Insane asylums in Bengal annual reports 1876-1887 - 1876-1887
Year: 1876
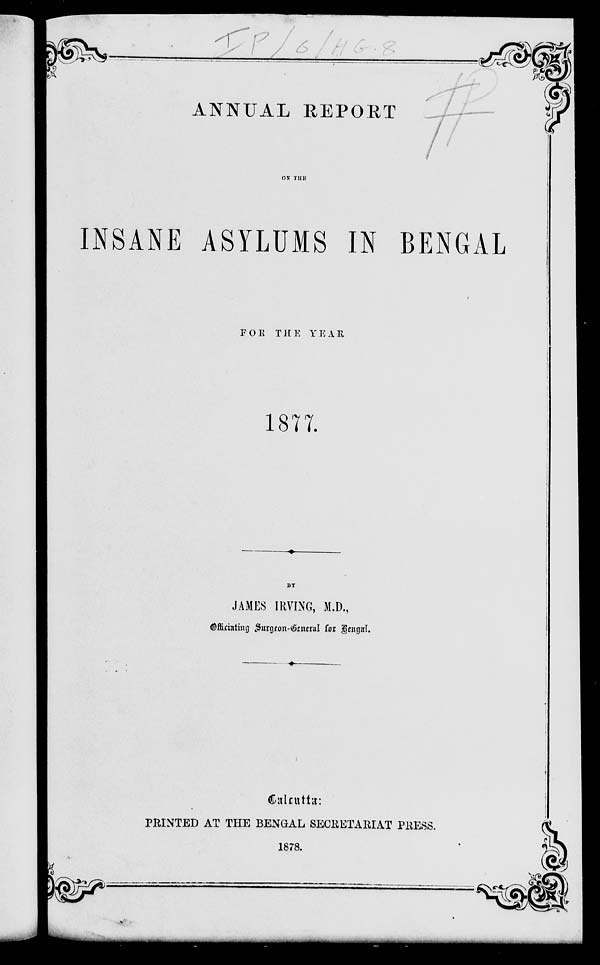
ANNUAL REPORT
ON THE
INSANE ASYLUMS IN BENGAL
FOR THE YEAR
1877.
BY
JAMES IRVING, M.D.,
Officiating Surgeon-General for Bengal.
Calcutta:
PRINTED AT THE BENGAL SECRETARIAT PRESS.
1878.